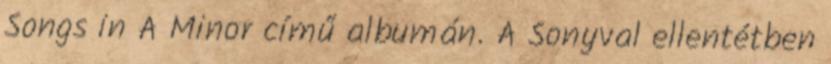
Songs in A Minor című albumán. A Sonyval ellentétben